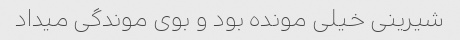
شیرینی خیلی مونده بود و بوی موندگی میداد